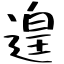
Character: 遑